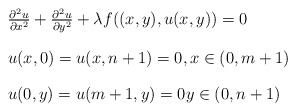
\begin{align*}\begin{array}{l}\frac{\partial ^{2}u}{\partial x^{2}}+\frac{\partial ^{2}u}{\partial y^{2}}+\lambda f((x,y),u(x,y))=0\bigskip \\ u(x,0)=u(x,n+1)=0,x\in (0,m+1)\bigskip \\ u(0,y)=u(m+1,y)=0y\in (0,n+1)\end{array}\end{align*}